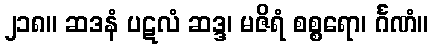
၂၁၈။ ဆဒနံ ပဋလံ ဆဒ္ဒ၊ မဇိရံ စစ္စရော၊ င်္ဂဏံ။